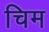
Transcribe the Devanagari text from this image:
चिम